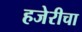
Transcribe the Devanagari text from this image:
हजेरीचा